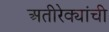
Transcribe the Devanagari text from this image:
अतीरेक्यांची